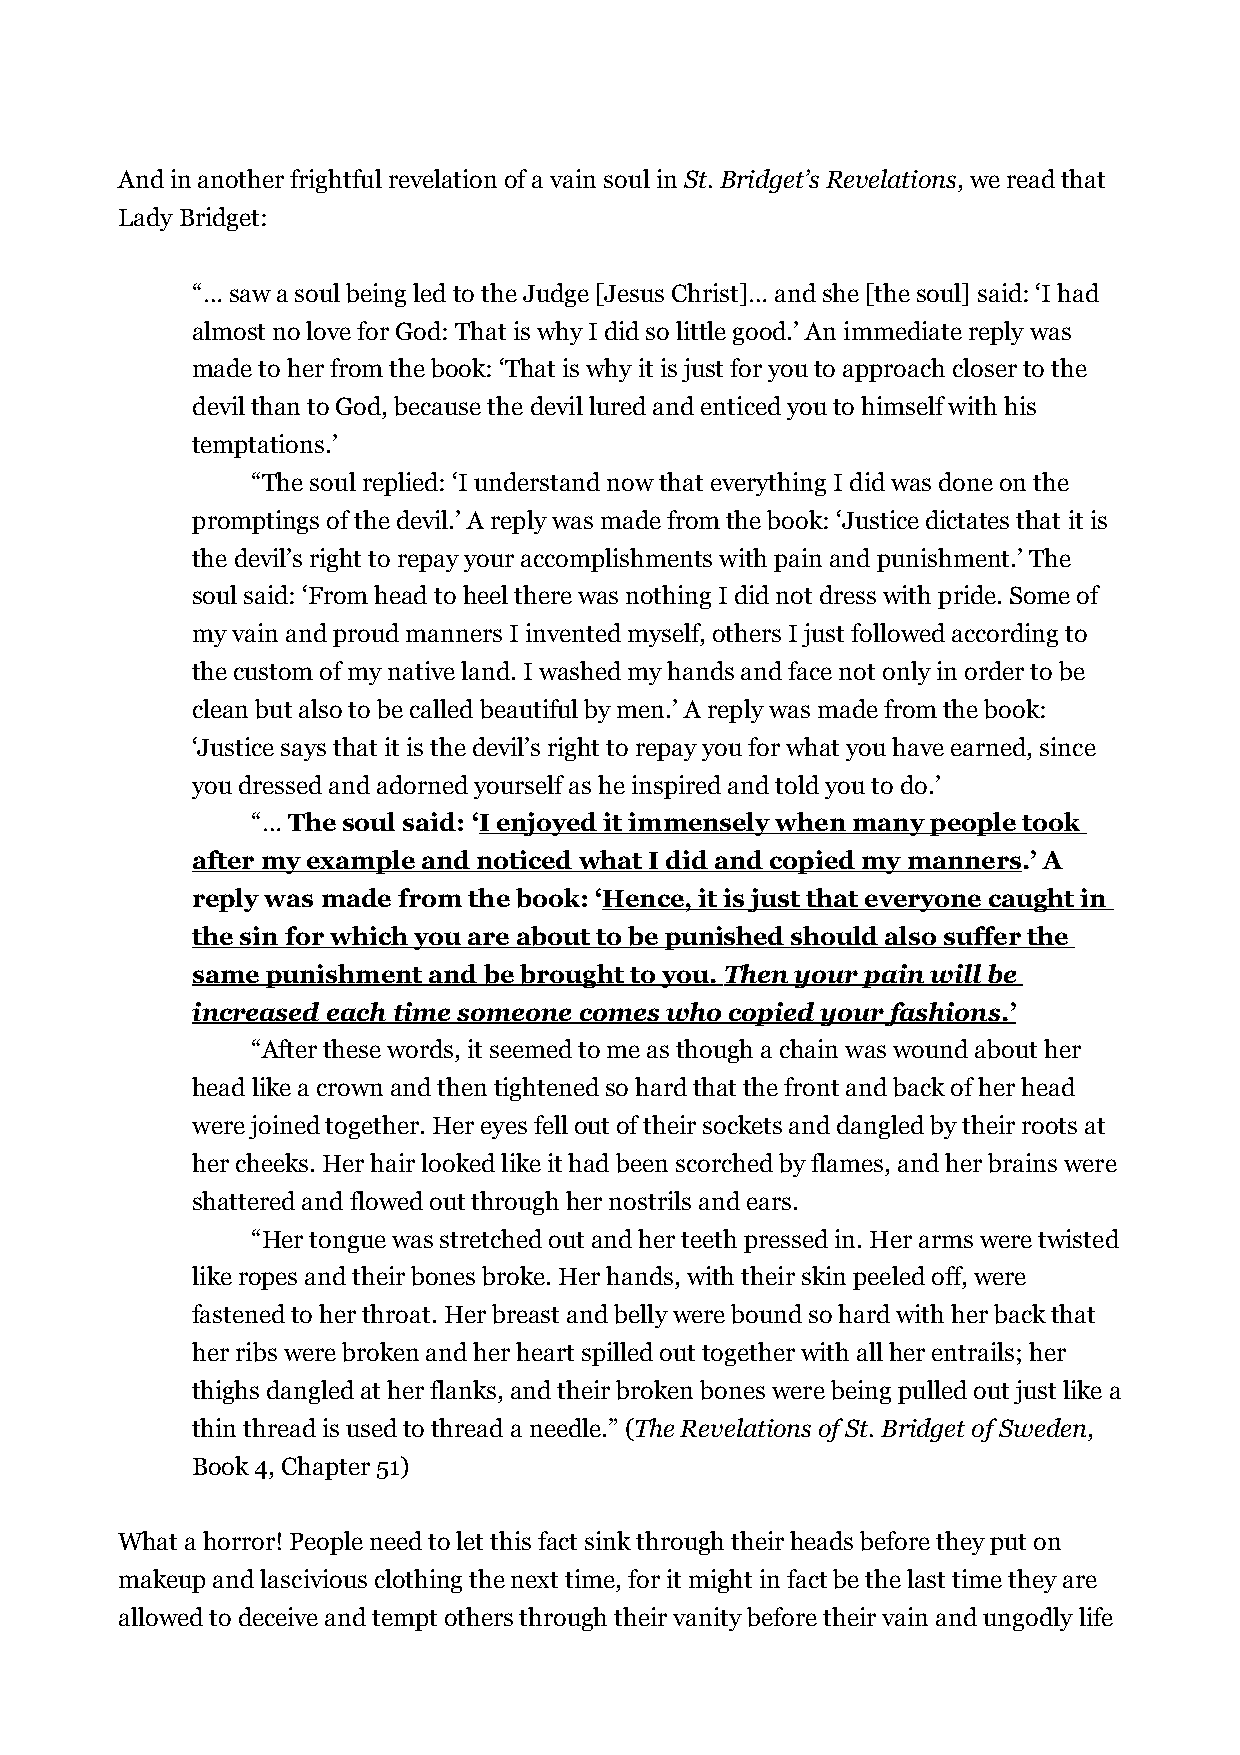
And in another frightful revelation of a vain soul in St. Bridget’s Revelations, we read that
 Lady Bridget:
 “… saw a soul being led to the Judge [Jesus Christ]… and she [the soul] said: ‘I had
 almost no love for God: That is why I did so little good.’ An immediate reply was
 made to her from the book: ‘That is why it is just for you to approach closer to the
 devil than to God, because the devil lured and enticed you to himself with his
 temptations.’
 “The soul replied: ‘I understand now that everything I did was done on the
 promptings of the devil.’ A reply was made from the book: ‘Justice dictates that it is
 the devil’s right to repay your accomplishments with pain and punishment.’ The
 soul said: ‘From head to heel there was nothing I did not dress with pride. Some of
 my vain and proud manners I invented myself, others I just followed according to
 the custom of my native land. I washed my hands and face not only in order to be
 clean but also to be called beautiful by men.’ A reply was made from the book:
 ‘Justice says that it is the devil’s right to repay you for what you have earned, since
 you dressed and adorned yourself as he inspired and told you to do.’
 “… The soul said: ‘I enjoyed it immensely when many people took
 after my example and noticed what I did and copied my manners.’ A
 reply was made from the book: ‘Hence, it is just that everyone caught in
 the sin for which you are about to be punished should also suffer the
 same punishment and be brought to you. Then your pain will be
 increased each time someone comes who copied your fashions .’
 “After these words, it seemed to me as though a chain was wound about her
 head like a crown and then tightened so hard that the front and back of her head
 were joined together. Her eyes fell out of their sockets and dangled by their roots at
 her cheeks. Her hair looked like it had been scorched by flames, and her brains were
 shattered and flowed out through her nostrils and ears.
 “Her tongue was stretched out and her teeth pressed in. Her arms were twisted
 like ropes and their bones broke. Her hands, with their skin peeled off, were
 fastened to her throat. Her breast and belly were bound so hard with her back that
 her ribs were broken and her heart spilled out together with all her entrails; her
 thighs dangled at her flanks, and their broken bones were being pulled out just like a
 thin thread is used to thread a needle.” (The Revelations of St. Bridget of Sweden,
 Book 4, Chapter 51)
 What a horror! People need to let this fact sink through their heads before they put on
 makeup and lascivious clothing the next time, for it might in fact be the last time they are
 allowed to deceive and tempt others through their vanity before their vain and ungodly life